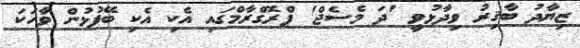
ޒިޔާދު ބާޤިރު ވިދާޅުވީ 'ދަ މެސެޖް' ޕްރޮގްރާމްގައި އެކި އެކި ބޭފުޅުން ވާހަކަ